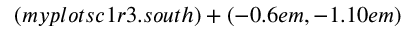
( m y p l o t s c 1 r 3 . s o u t h ) + ( - 0 . 6 e m , - 1 . 1 0 e m )